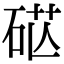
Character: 𥒴